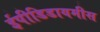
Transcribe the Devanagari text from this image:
ईपीडिडायमीस